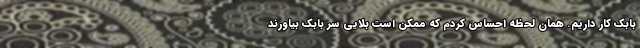
بابک کار داریم. همان لحظه احساس کردم که ممکن است بلایی سر بابک بیاورند